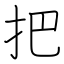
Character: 把